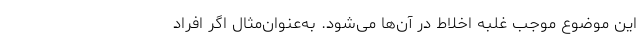
این موضوع موجب غلبه اخلاط در آن‌ها می‌شود. به‌عنوان‌مثال اگر افراد